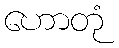
ဟောတုံ